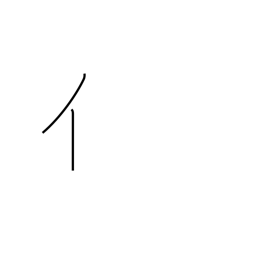
Meaning: radical number 9